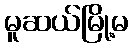
မူဆယ်မြို့မ